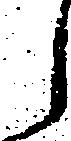
ら